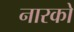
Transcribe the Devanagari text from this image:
नारको